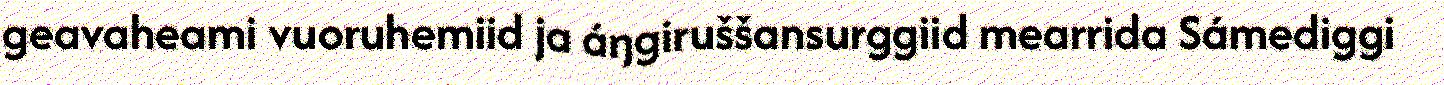
geavaheami vuoruhemiid ja áŋgiruššansurggiid mearrida Sámediggi